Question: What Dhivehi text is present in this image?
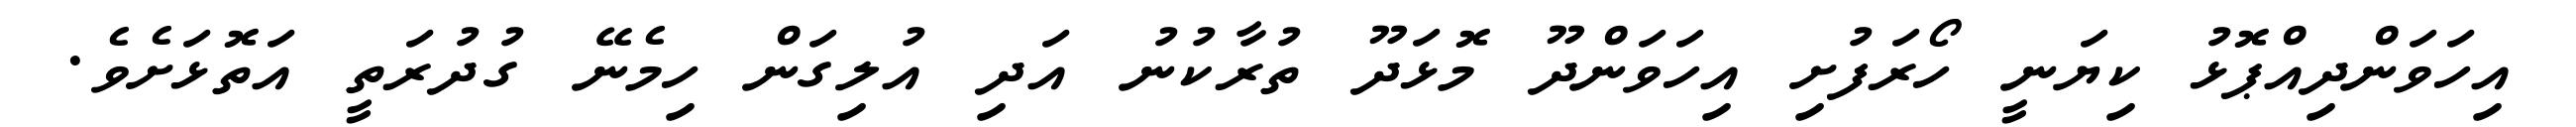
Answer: އިހަވަންދިއްޕޮޅު ކިޔަނީ ހޯރަފުށި އިހަވަންދޫ މޮޅަދޫ ތުރާކުނު އަދި އުލިގަން ހިމެނޭ ގުދުރަތީ އަތޮޅަށެވެ.